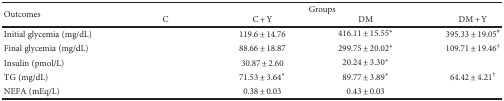
<table><thead><tr><td rowspan="2"><b>Outcomes</b></td><td colspan="4"><b>Groups</b></td></tr><tr><td><b>C</b></td><td><b>C + Y</b></td><td><b>DM</b></td><td><b>DM + Y</b></td></tr></thead><tbody><tr><td>Initial glycemia (mg/dL)</td><td>[EMPTY_CELL]</td><td>119.6 ± 14.76</td><td>416.11 ± 15.55<sup>∗</sup></td><td>395.33 ± 19.05<sup>#</sup></td></tr><tr><td>Final glycemia (mg/dL)</td><td>[EMPTY_CELL]</td><td>88.66 ± 18.87</td><td>299.75 ± 20.02<sup>∗</sup></td><td>109.71 ± 19.46<sup>†</sup></td></tr><tr><td>Insulin (pmol/L)</td><td>[EMPTY_CELL]</td><td>30.87 ± 2.60</td><td>20.24 ± 3.30<sup>∗</sup></td><td>[EMPTY_CELL]</td></tr><tr><td>TG (mg/dL)</td><td>[EMPTY_CELL]</td><td>71.53 ± 3.64<sup>∗</sup></td><td>89.77 ± 3.89<sup>∗</sup></td><td>64.42 ± 4.21<sup>†</sup></td></tr><tr><td>NEFA (mEq/L)</td><td>[EMPTY_CELL]</td><td>0.38 ± 0.03</td><td>0.43 ± 0.03</td><td>[EMPTY_CELL]</td></tr></tbody></table>